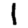
Digit: 1